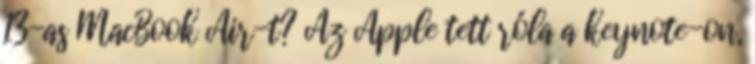
13-as MacBook Air-t? Az Apple tett róla a keynote-on,